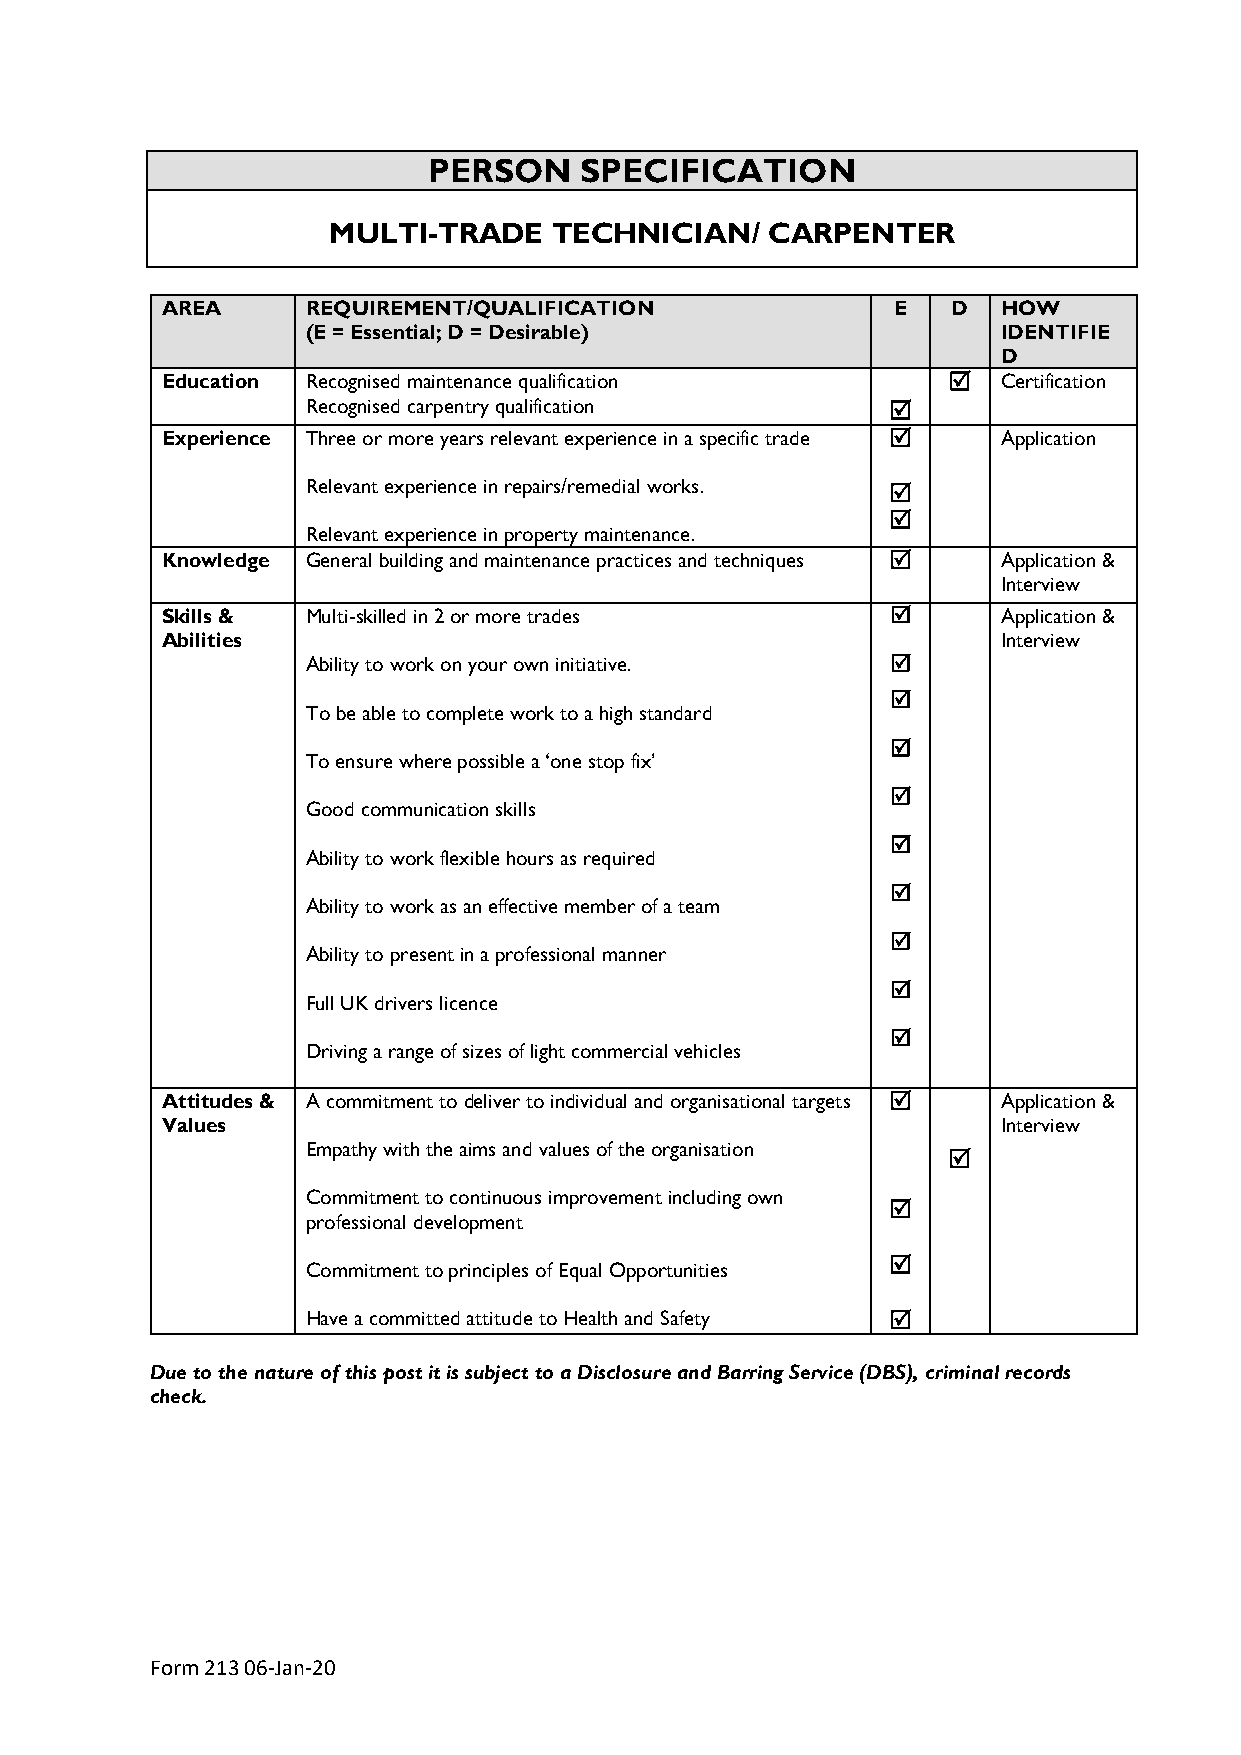
PERSON    SPECIFICATION
 MULTI-TRADE    TECHNICIAN/   CARPENTER
 AREA     REQUIREMENT/QUALIFICATION              E   D  HOW
 (E = Essential; D = Desirable)                IDENTIFIE
 D
 Education Recognised maintenance qualification        Certification
 Recognised carpentry qualification     
 Experience Three or more years relevant experience in a specific trade  Application
 Relevant experience in repairs/remedial works. 
 
 Relevant experience in property maintenance.
 Knowledge General building and maintenance practices and techniques  Application &
 Interview
 Skills & Multi-skilled in 2 or more trades            Application &
 Abilities                                              Interview
 Ability to work on your own initiative. 
 
 To be able to complete work to a high standard
 
 To ensure where possible a ‘one stop fix’
 
 Good communication skills
 
 Ability to work flexible hours as required
 
 Ability to work as an effective member of a team
 
 Ability to present in a professional manner
 
 Full UK drivers licence
 
 Driving a range of sizes of light commercial vehicles
 Attitudes & A commitment to deliver to individual and organisational targets  Application &
 Values                                                 Interview
 Empathy with the aims and values of the organisation
 
 Commitment to continuous improvement including own
 
 professional development
 
 Commitment to principles of Equal Opportunities
 Have a committed attitude to Health and Safety 
 Due to the nature of this post it is subject to a Disclosure and Barring Service (DBS), criminal records
 check.
 Form 213 06-Jan-20